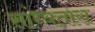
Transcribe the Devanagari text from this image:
सांध्यतारा